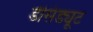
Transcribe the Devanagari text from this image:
डेसिड्यूट